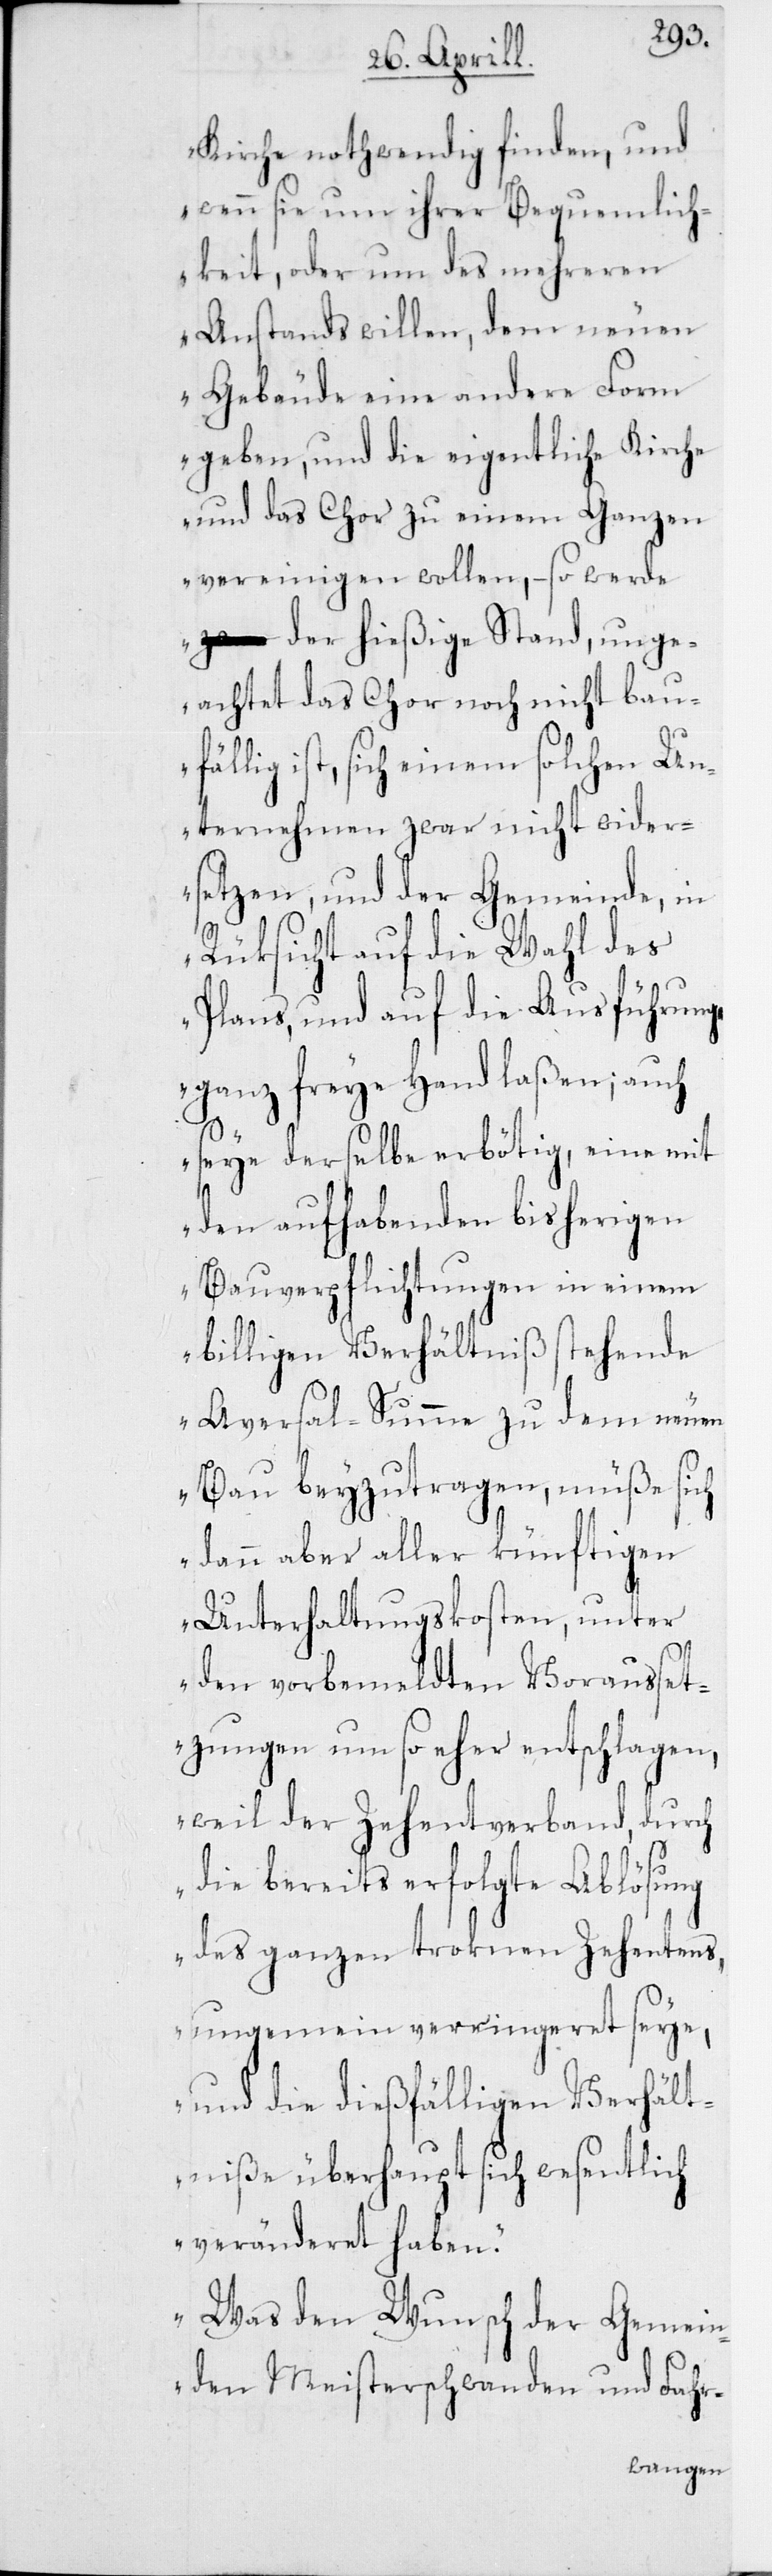
Kirche nothwendig finden, und
wenn sie um ihrer Bequemlich¬
keit, oder um des mehreren
Anstands willen, dem neuen
Gebäude eine andere Form
geben, und die eigentliche Kirche
und das Chor zu einem Ganzen
vereinigen wollen, so werde
der hießige Stand, unge¬
achtet das Chor noch nicht baufä¬
llig ist, sich einem solchen Un¬
ternehmen zwar nicht wider¬
setzen, und der Gemeinde, in
Rüksicht auf die Wahl des
Plans, und auf die Ausführung
ganz freye Hand laßen; auch
seye derselbe erbötig, eine mit
den aufhabenden bisherigen
Bauverpflichtungen in einem
billigen Verhältniß stehende
Aversal-Summe zu dem neuen
Bau beyzutragen, müße sich
dann aber aller künftigen
Unterhaltungskosten, unter
den vorbemeldten Vorausset¬
zungen um so eher entschlagen,
weil der Zehentverband, durch
die bereits erfolgte Ablösung
des ganzen troknen Zehentens,
ungemein verringeret seye,
und die dießfälligen Verhält¬
niße überhaupt sich wesentlich
veränderet haben.
Was den Wunsch der Gemein¬
den Meisterschwanden und Fahr-